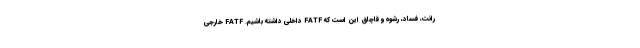
رانت، فساد، رشوه و قاچاق این است که FATF داخلی داشته باشیم. FATF خارجی